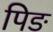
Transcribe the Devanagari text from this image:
पिङ